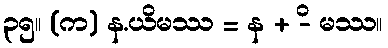
၃၅။ (က) န.ယိမဿ = န + -ိ မဿ။